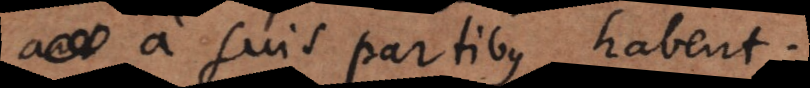
a suis partibus habent.